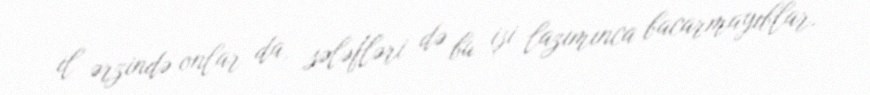
il ərzində onlar da, sələfləri də bu işi lazımınca bacarmayıblar.